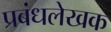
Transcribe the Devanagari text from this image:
प्रबंधलेखक